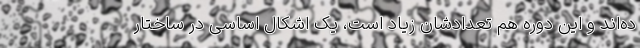
ده‌اند و این دوره هم تعدادشان زیاد است، یک اشکال اساسی در ساختار